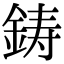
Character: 鋳